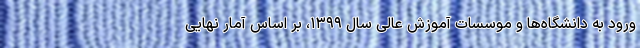
ورود به دانشگاه‌ها و موسسات آموزش عالی سال ۱۳۹۹، بر اساس آمار نهایی